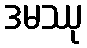
ဒမဿု